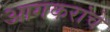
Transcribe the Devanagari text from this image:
आगकरांचे